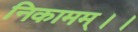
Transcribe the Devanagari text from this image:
निकामम्।।